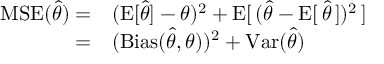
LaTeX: \begin{array} { r l } { \operatorname { M S E } ( { \hat { \theta } } ) = } & { { } ( \operatorname { E } [ { \hat { \theta } } ] - \theta ) ^ { 2 } + \operatorname { E } [ \, ( { \hat { \theta } } - \operatorname { E } [ \, { \hat { \theta } } \, ] ) ^ { 2 } \, ] } \\ { = } & { { } ( \operatorname { B i a s } ( { \hat { \theta } } , \theta ) ) ^ { 2 } + \operatorname { V a r } ( { \hat { \theta } } ) } \end{array}